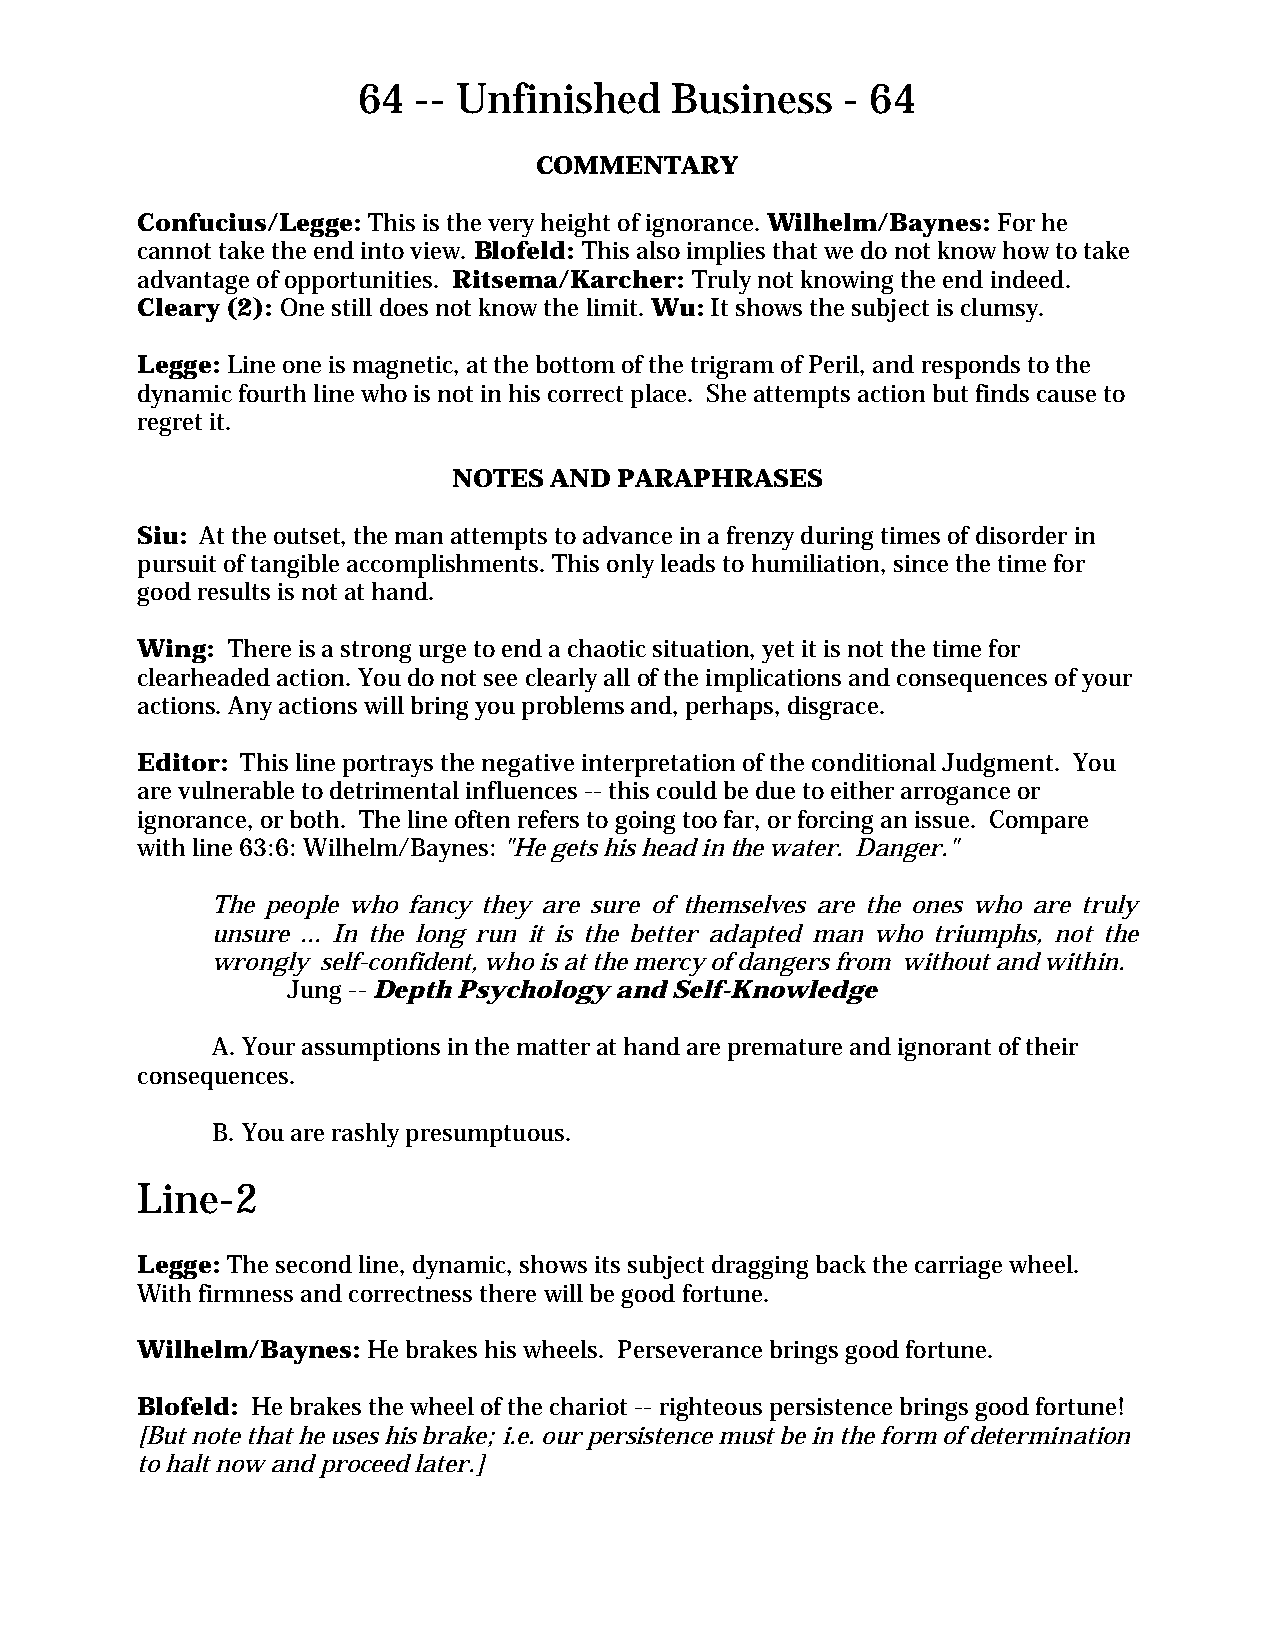
64  -- Unfinished   Business    - 64
 COMMENTARY
 Confucius/Legge: This is the very height of ignorance. Wilhelm/Baynes: For he
 cannot take the end into view. Blofeld: This also implies that we do not know how to take
 advantage of opportunities. Ritsema/Karcher: Truly not knowing the end indeed.
 Cleary (2): One still does not know the limit. Wu: It shows the subject is clumsy.
 Legge: Line one is magnetic, at the bottom of the trigram of Peril, and responds to the
 dynamic fourth line who is not in his correct place. She attempts action but finds cause to
 regret it.
 NOTES AND  PARAPHRASES
 Siu: At the outset, the man attempts to advance in a frenzy during times of disorder in
 pursuit of tangible accomplishments. This only leads to humiliation, since the time for
 good results is not at hand.
 Wing: There is a strong urge to end a chaotic situation, yet it is not the time for
 clearheaded action. You do not see clearly all of the implications and consequences of your
 actions. Any actions will bring you problems and, perhaps, disgrace.
 Editor: This line portrays the negative interpretation of the conditional Judgment. You
 are vulnerable to detrimental influences -- this could be due to either arrogance or
 ignorance, or both. The line often refers to going too far, or forcing an issue. Compare
 with line 63:6: Wilhelm/Baynes: "He gets his head in the water. Danger."
 The people who fancy they are sure of themselves are the ones who are truly
 unsure ... In the long run it is the better adapted man who triumphs, not the
 wrongly self-confident, who is at the mercy of dangers from without and within.
 Jung -- Depth Psychology and Self-Knowledge
 A. Your assumptions in the matter at hand are premature and ignorant of their
 consequences.
 B. You are rashly presumptuous.
 Line-2
 Legge: The second line, dynamic, shows its subject dragging back the carriage wheel.
 With firmness and correctness there will be good fortune.
 Wilhelm/Baynes: He brakes his wheels. Perseverance brings good fortune.
 Blofeld: He brakes the wheel of the chariot -- righteous persistence brings good fortune!
 [But note that he uses his brake; i.e. our persistence must be in the form of determination
 to halt now and proceed later.]